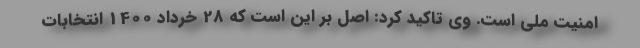
امنیت ملی است. وی تاکید کرد: اصل بر این است که 28 خرداد 1400 انتخابات